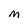
Character: M